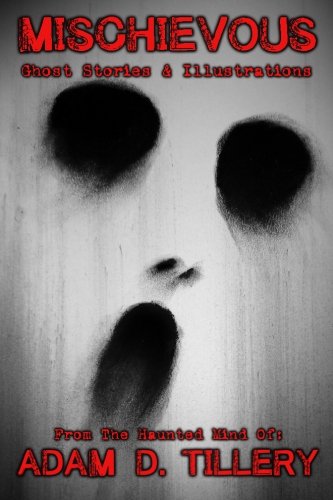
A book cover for Mischievous: Ghost Stories & Illustrations; Adam D Tillery; Religion & Spirituality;